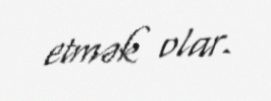
etmək olar.